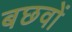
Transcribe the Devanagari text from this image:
बछवों